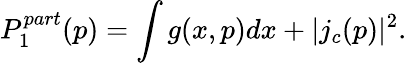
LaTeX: P_{1}^{part}(p)=\int g(x,p)dx+|j_{c}(p)|^{2}.